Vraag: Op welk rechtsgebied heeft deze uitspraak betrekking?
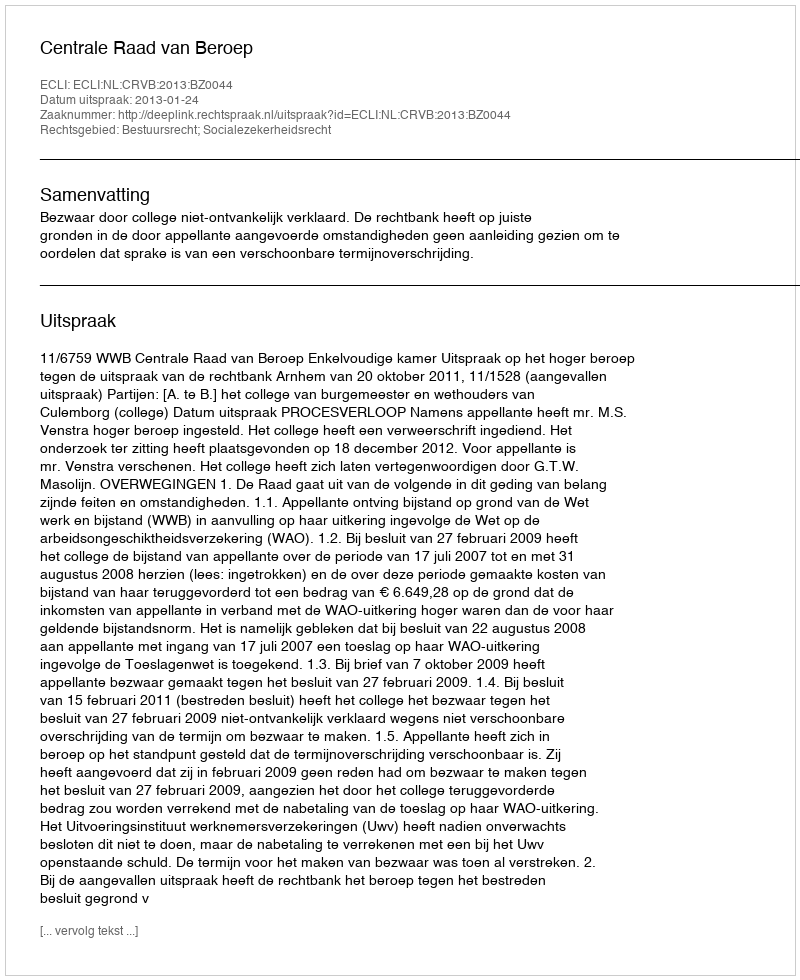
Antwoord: Bestuursrecht; Socialezekerheidsrecht